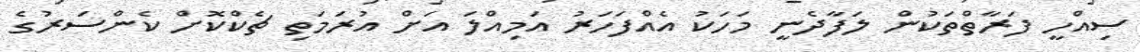
ސިއްހީ ފަރާތްތަކުން ލަފާދެނީ މަހަކު އެއްފަހަރު އަމިއްލަ އަށް އުރަމަތި ޗެކްކޮށް ކެންސަރުގެ